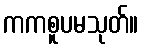
ကကစူပမသုတ်။